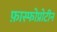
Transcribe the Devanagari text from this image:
फ़ास्फोप्रोटीन